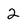
Character: 2